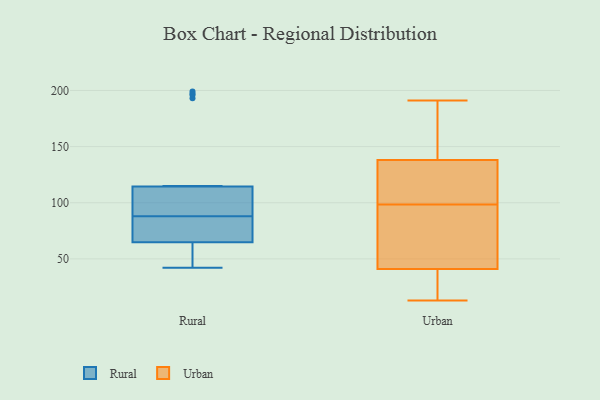
{"axis": {"x": "Market Share (%)", "y": "Value"}, "legend": ["Rural", "Urban"], "data": [{"x": "", "y": 111, "type": "Rural"}, {"x": "", "y": 88, "type": "Rural"}, {"x": "", "y": 51, "type": "Rural"}, {"x": "", "y": 199, "type": "Rural"}, {"x": "", "y": 51, "type": "Rural"}, {"x": "", "y": 67, "type": "Rural"}, {"x": "", "y": 196, "type": "Rural"}, {"x": "", "y": 78, "type": "Rural"}, {"x": "", "y": 53, "type": "Rural"}, {"x": "", "y": 113, "type": "Rural"}, {"x": "", "y": 99, "type": "Rural"}, {"x": "", "y": 197, "type": "Rural"}, {"x": "", "y": 83, "type": "Rural"}, {"x": "", "y": 81, "type": "Rural"}, {"x": "", "y": 96, "type": "Rural"}, {"x": "", "y": 42, "type": "Rural"}, {"x": "", "y": 193, "type": "Rural"}, {"x": "", "y": 64, "type": "Rural"}, {"x": "", "y": 115, "type": "Rural"}, {"x": "", "y": 111, "type": "Urban"}, {"x": "", "y": 191, "type": "Urban"}, {"x": "", "y": 165, "type": "Urban"}, {"x": "", "y": 138, "type": "Urban"}, {"x": "", "y": 87, "type": "Urban"}, {"x": "", "y": 13, "type": "Urban"}, {"x": "", "y": 20, "type": "Urban"}, {"x": "", "y": 128, "type": "Urban"}, {"x": "", "y": 52, "type": "Urban"}, {"x": "", "y": 138, "type": "Urban"}, {"x": "", "y": 67, "type": "Urban"}, {"x": "", "y": 41, "type": "Urban"}, {"x": "", "y": 110, "type": "Urban"}, {"x": "", "y": 29, "type": "Urban"}]}